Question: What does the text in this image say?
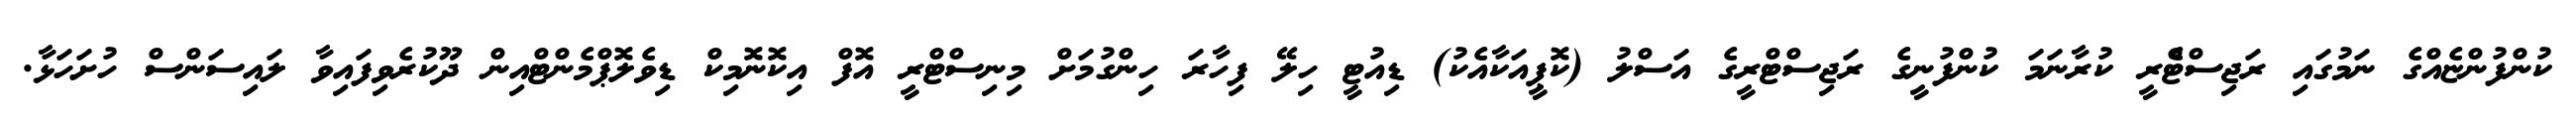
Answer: ކުންފުންޏެއްގެ ނަމުގައި ރަޖިސްޓްެރީ ކުރާނަމަ ކުންފުނީގެ ރަޖިސްޓްރީގެ އަސްލު (ކޮޕީއަކާއެކު) ޑިއުޓީ ހިލޭ ފިހާރަ ހިންގުމަށް މިނިސްޓްރީ އޮފް އިކޮނޮމިކް ޑިވެލޮޕްމެންޓްއިން ދޫކުރެވިފައިވާ ލައިސަންސް ހުށަހަޅާ.